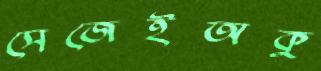
সেজেইঅকু